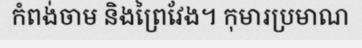
កំពង់ចាម និងព្រៃវែង។ កុមារប្រមាណ